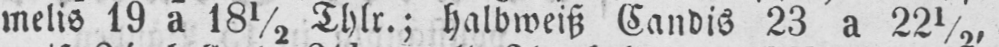
melis 19 a 18½ Thlr.; halbweiß Candis 23 a 22½,